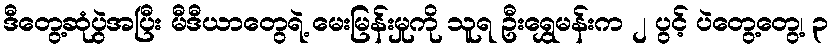
ဒီတွေ့ဆုံပွဲအပြီး မီဒီယာတွေရဲ့ မေးမြန်းမှုကို သူရ ဦးရွှေမန်းက ၂ ပွင့် ပဲတွေ့တွေ့၊ ၃